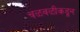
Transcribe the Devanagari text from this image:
चळवळीकडून